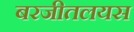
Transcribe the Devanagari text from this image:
बरजीतलयस